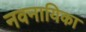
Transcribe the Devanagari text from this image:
नवनायिका